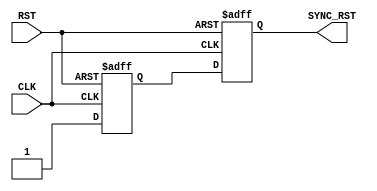
`timescale 1ns / 1ps
//////////////////////////////////////////////////////////////////////////////////
// Company: 
// Engineer: 
// 
// Design Name: 
// Module Name: RST_SYNC (ACTIVE LOW)
// Project Name: LowPowerMultiClockDigtialCommuSys
// Target Devices: 
// Tool Versions: 
// Description: 
// 
// Dependencies: 
// 
// Revision:
// Revision 0.01 - File Created
// Additional Comments:
// 
//////////////////////////////////////////////////////////////////////////////////
module RST_SYNC(
    input   wire    CLK,
    input   wire    RST,
    output  wire    SYNC_RST
    );

    reg             q_sync1,
                    q_sync2;


    always @(posedge CLK, negedge RST)
    begin
        if (~RST) begin
            q_sync1 <= 0;
            q_sync2 <= 0;
        end
        else begin
            q_sync1 <= 1;
            q_sync2 <= q_sync1;
        end
    end


    assign SYNC_RST = q_sync2;



endmodule